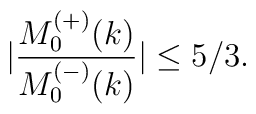
|\frac{M^{(+)}_0(k)}{M^{(-)}_0(k)}|\leq 5/3.